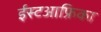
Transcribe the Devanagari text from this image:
ईस्टआफ्रिका